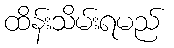
ထိန်းသိမ်းရမည်